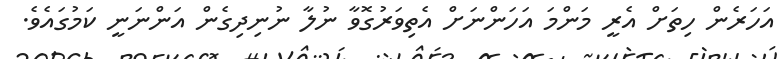
އަހަރެން ހިތަށް އެރީ މަންމަ އަހަންނަށް އެތިވަރުގޮވާ ނުލާ ނުނިދިގެން އަންނަނީ ކަމުގައެވެ.